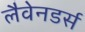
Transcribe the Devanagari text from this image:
लैवेनडर्स